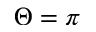
\Theta = \pi